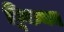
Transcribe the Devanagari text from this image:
ट्विकनम